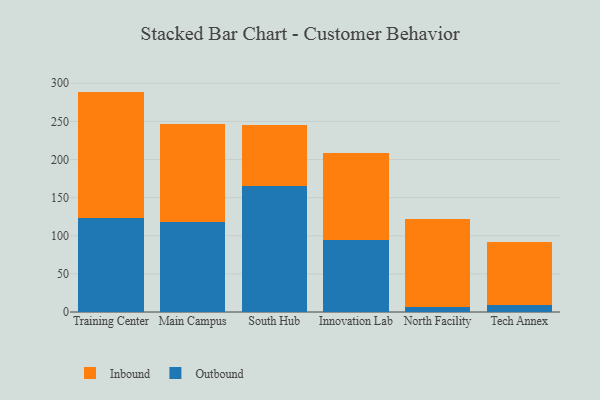
{"axis": {"x": "Campus", "y": "Bounce Rate (%)"}, "legend": ["Inbound", "Outbound"], "data": [{"x": "Training Center", "y": 123.7, "type": "Outbound"}, {"x": "Training Center", "y": 165.4, "type": "Inbound"}, {"x": "Main Campus", "y": 117.5, "type": "Outbound"}, {"x": "Main Campus", "y": 129.0, "type": "Inbound"}, {"x": "South Hub", "y": 165.4, "type": "Outbound"}, {"x": "South Hub", "y": 79.9, "type": "Inbound"}, {"x": "Innovation Lab", "y": 94.6, "type": "Outbound"}, {"x": "Innovation Lab", "y": 114.0, "type": "Inbound"}, {"x": "North Facility", "y": 6.5, "type": "Outbound"}, {"x": "North Facility", "y": 115.9, "type": "Inbound"}, {"x": "Tech Annex", "y": 9.4, "type": "Outbound"}, {"x": "Tech Annex", "y": 82.6, "type": "Inbound"}]}